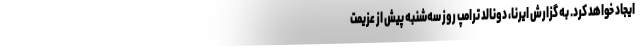
ایجاد خواهد کرد. به گزارش ایرنا، دونالد ترامپ روز سه‌شنبه پیش از عزیمت